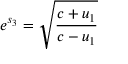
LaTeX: e ^ { s _ { 3 } } = { \sqrt { \frac { c + u _ { 1 } } { c - u _ { 1 } } } }